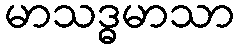
မာသဒ္ဓမာသာ